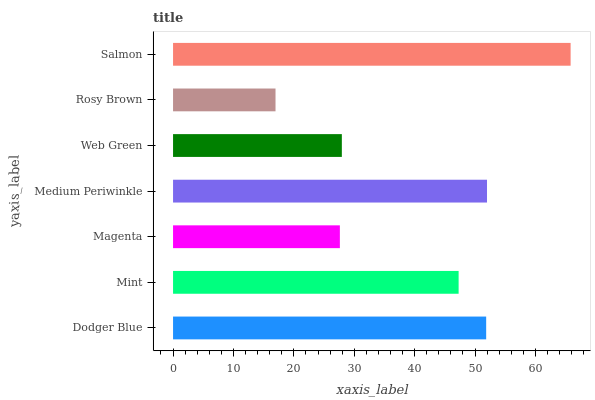
| yaxis_label | bars |
 | --- | --- |
 | Dodger Blue | 51.8 |
 | Mint | 47.3 |
 | Magenta | 27.6 |
 | Medium Periwinkle | 52 |
 | Web Green | 27.9 |
 | Rosy Brown | 17 |
 | Salmon | 65.8 |